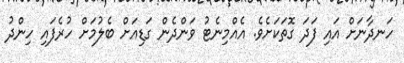
ހަނދާނަށް އައި ފަދަ ގޮތަކަށެވެ. އެއްމިނެޓު ވަންދެން ގަޑިއަށް ބެލުމަށް ހުރެފައި ހިންދު